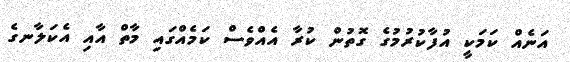
އަނެއް ކަމަކީ އުފާކުރުމުގެ ގޮތުން ކުރާ އެއްވެސް ކަމެއްގައި މާތް އާއި އެކަލާނގެ